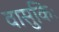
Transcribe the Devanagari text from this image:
वासुकिः